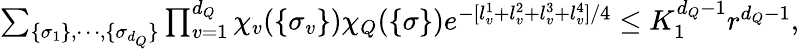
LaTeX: \begin{array}{r}{\sum_{\{ \sigma_{1}\} ,\cdots,\{ \sigma_{d_{Q}}\} }\prod_{v=1}^{d_{Q}}\chi_{v}(\{ \sigma_{v}\} )\chi_{Q}(\{ \sigma\} )e^{-[l_{v}^{1}+l_{v}^{2}+l_{v}^{3}+l_{v}^{4}]/4}\le K_{1}^{d_{Q}-1}{r}^{d_{Q}-1},}\end{array}